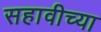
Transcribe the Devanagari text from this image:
सहावीच्या